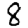
Digit: 8